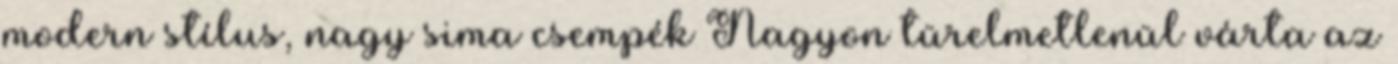
modern stílus, nagy sima csempék Nagyon türelmetlenül várta az